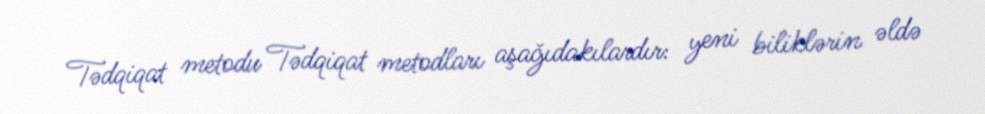
Tədqiqat metodu Tədqiqat metodları aşağıdakılardır: yeni biliklərin əldə